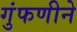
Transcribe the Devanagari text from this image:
गुंफणीने